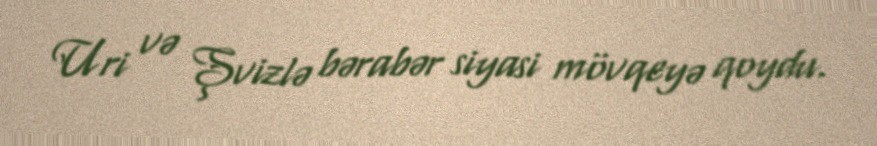
Uri və Şvizlə bərabər siyasi mövqeyə qoydu.